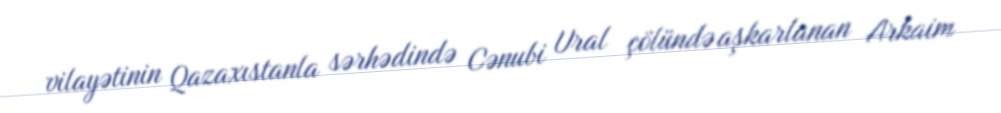
vilayətinin Qazaxıstanla sərhədində Cənubi Ural çölündə aşkarlanan Arkaim